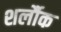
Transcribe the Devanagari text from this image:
शर्लौक